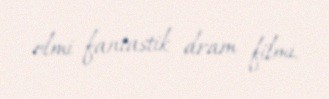
elmi fantastik dram filmi.